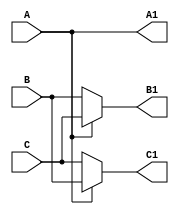
module cswap(A1, B1, C1, A, B, C);
output A1, B1, C1;
input A, B, C;

reg A1;
reg B1, C1;

always @(A or B or C)
    if (A)
    begin
        A1 <= A;
        B1 <= C;
        C1 <= B;
    end
    else
    begin
        A1 <= A;
        B1 <= B;
        C1 <= C;
    end
endmodule